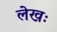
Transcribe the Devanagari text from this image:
लेखः